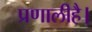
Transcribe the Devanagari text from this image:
प्रणालीहै।